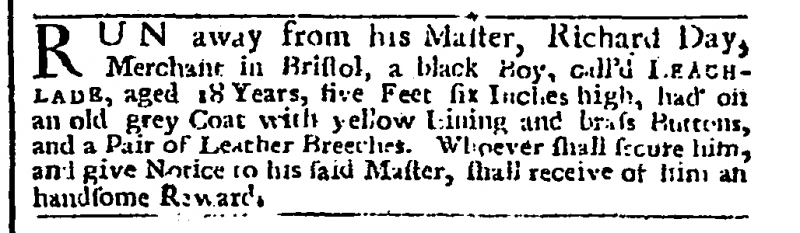
London Evening Post, 17 April 1742 (England)
RUN away from his Master, Richard Day, Merchant in Bristol, a black Boy, call’d LEACHLADE, aged 18 Years, five Feet six Inches high, had on an old grey Coat with yellow Lining and brass Buttons, and a Pair of Leather Breeches. Whoever shall secure him, and give Notice to his said Master, shall receive of him an handsome Reward.